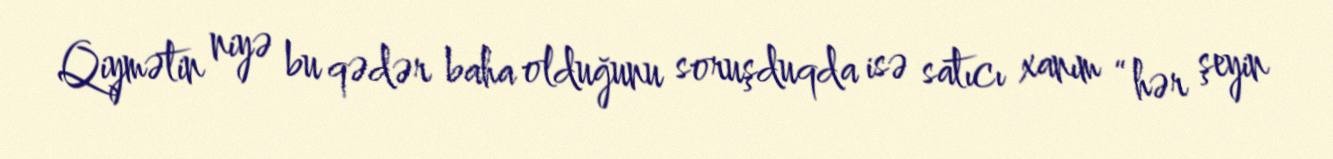
Qiymətin niyə bu qədər baha olduğunu soruşduqda isə satıcı xanım “hər şeyin